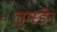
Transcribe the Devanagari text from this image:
लुम्स्डेन